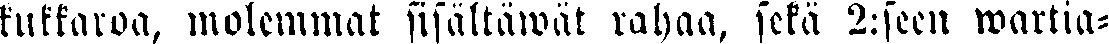
kukkaroa, molemmat sisältäwät rahaa, sekä 2:seen wartia-